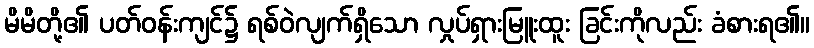
မိမိတို့၏ ပတ်ဝန်းကျင်၌ ရစ်ဝဲလျက်ရှိသော လှုပ်ရှားမြူးထူး ခြင်းကိုလည်း ခံစားရ၏။